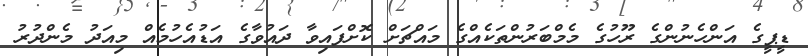
ޑީޕީގެ އަންހެނުންގެ ރޫހުގެ މެމްބަރުންތަކެއްގެ މައްޗަށް ކޮށްފައިވާ ދައުވާގެ އަޑުއެހުމެއް މިއަދު މެންދުރު